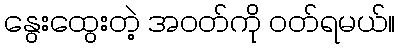
နွေးထွေးတဲ့ အဝတ်ကို ဝတ်ရမယ်။